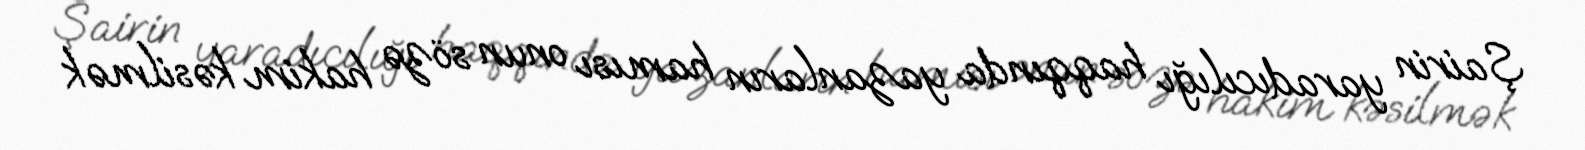
Şairin yaradıcılığı haqqında yazanların hamısı onun sözə hakim kəsilmək